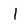
Character: 1